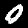
Label: 0